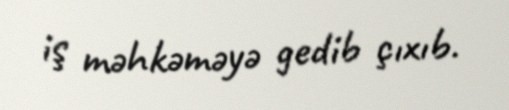
iş məhkəməyə gedib çıxıb.